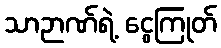
သာဉာဏ်ရဲ့ ငွေကြုတ်